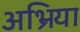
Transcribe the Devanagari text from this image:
अभ्रिया